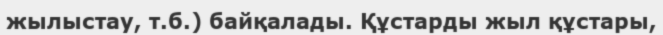
жылыстау, т.б.) байқалады. Құстарды жыл құстары,